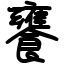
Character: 饔